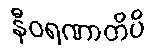
နီဝရဏာတိပိ